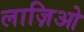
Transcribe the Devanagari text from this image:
लाज़िओ